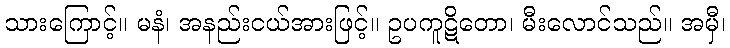
သားကြောင့်။ မနံ၊ အနည်းငယ်အားဖြင့်။ ဥပကူဋိတော၊ မီးလောင်သည်။ အမှီ၊